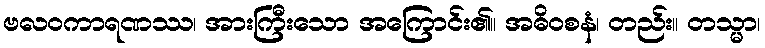
ဗလဝကာရဏဿ၊ အားကြီးသော အကြောင်း၏။ အဓိဝစနံ၊ တည်း။ တသ္မာ၊